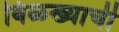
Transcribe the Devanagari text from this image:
विळख्याची